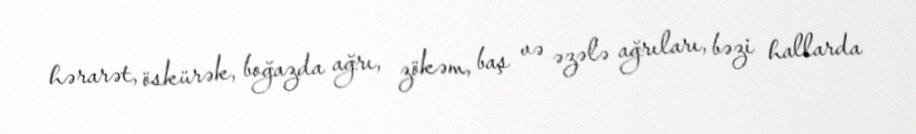
hərarət, öskürək, boğazda ağrı, zökəm, baş və əzələ ağrıları, bəzi hallarda